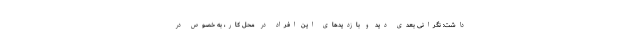
داشت: نگرانی بعدی دید و بازدیدهای این افراد در محل کار، به خصوص در